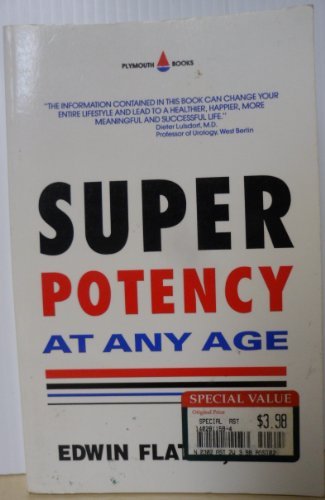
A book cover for Super Potency at Any Age; Edwin Flatto; Health, Fitness & Dieting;